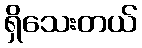
ရှိသေးတယ်